Civil Veterinary Department. United Provinces 1912-22 - 1912-1922
Year: 1912
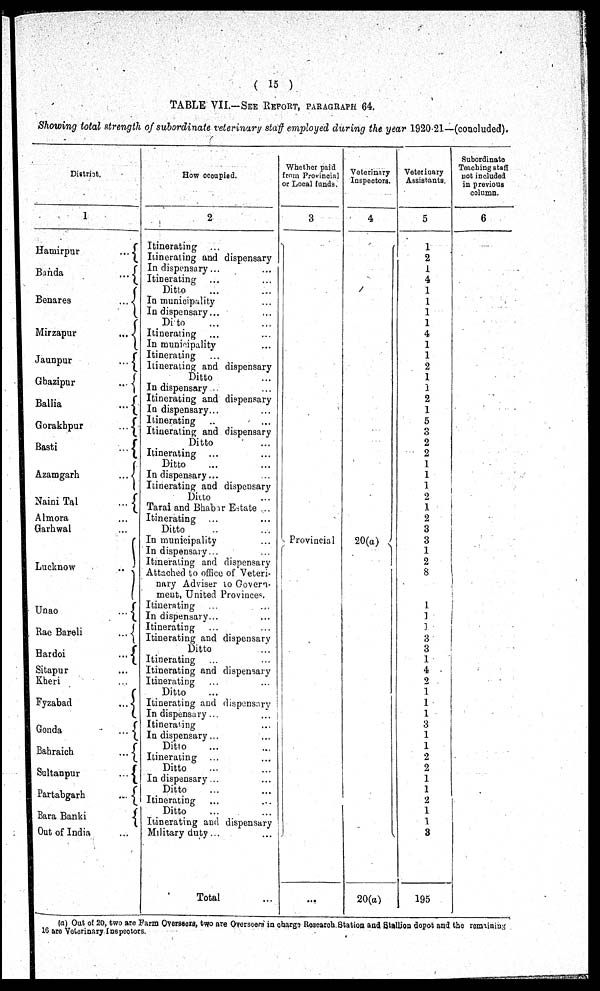
(15)
TABLE VII.—SEE REPORT, PARAGRAPHS 64.
Showing total strength of subordinate veterinary staff employed during the year 1920-21—(concluded).
District.
Hamirpur
...
Bahda
...
Benares
...
Mirzapur
...
Jaunpur
...
Gbazipur
...
Bellia
...
Gorakhpur
...
Basti
...
Azamgarh
...
Naini Tal
...
Almora ...
Garhwal ...
Lucknow
...
Unao
...
Rae Bareli
...
Hardoi
...
Sitapur ...
Kheri ...
Fyzabad
...
Gonda
...
Babraich
...
Sultanpur
...
Partabgarh
...
Bara Banki
Out of India ...
How occupied.
2
Itinerating ...
Itinerating and dispensary
In dispensary ...
...
Itinerating ... ...
Ditto
...
...
In municipality
...
In dispensary...
...
Ditto
...
...
Itinerating ...
...
In municipality ...
Itinerating ...
Itinerating and dispensary
Ditto ...
In dispensary .
...
Itinerating and dispensary
In dispensary...
...
Itinerating ..
...
Itinerating and dispensary
Ditto ...
Itinerating ...
...
Ditto ... ...
In dispensary... ...
Itinerating and dispensary
Ditto ...
Tarai and Bhabir Estate ...
Itinerating ... ...
Ditto .. ...
In municipality ...
In dispensary... ...
Itinerating and dispensary
Attached to office of Veteri-
nary Adviser to Govern-
ment, United Provinces
Itinerating ... ...
In dispensary... ...
Itinerating
...
...
Itinerating and dispensary
Ditto ...
Itinerating ...
Itinerating and dispensary
Itinerating ... ...
Ditto ...
Itinerating and dispensary
In dispensary... ...
Itinerating ...
In dispensary... ...
Ditto ... ...
Itinerating ... ...
Ditto ... ...
In dispensary .. ...
Ditto ... ...
Itinerating
Ditto ... ...
Itinerating and dispensary
Military duty... ...
Total ...
Whether paid
from Provincial
or Local funds.
3
Provincial
...
Veterinary
Inspectors.
4
20(a)
20(a)
Veterioary
Assistants.
5
2
1
1
1
1
4
1
1
2
1
2
1
5
3 2
2
1
1
1
1
2
2
8
3
1
3
1
2
8
3
1
3
195
Subordinate
Teaching staff
not included
in provious
column.
6
(a) Out of 20, two are Farm Overseen, two are Overscors in charge Research Station and Stallion dopot ana the romaining
16 are Veterinary Inspectors.